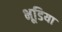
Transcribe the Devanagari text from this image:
भूडि़या